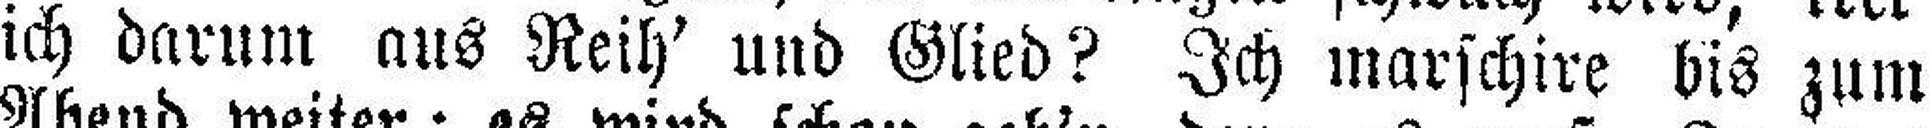
ich darum aus Reih' und Glied? Ich marschire bis zum